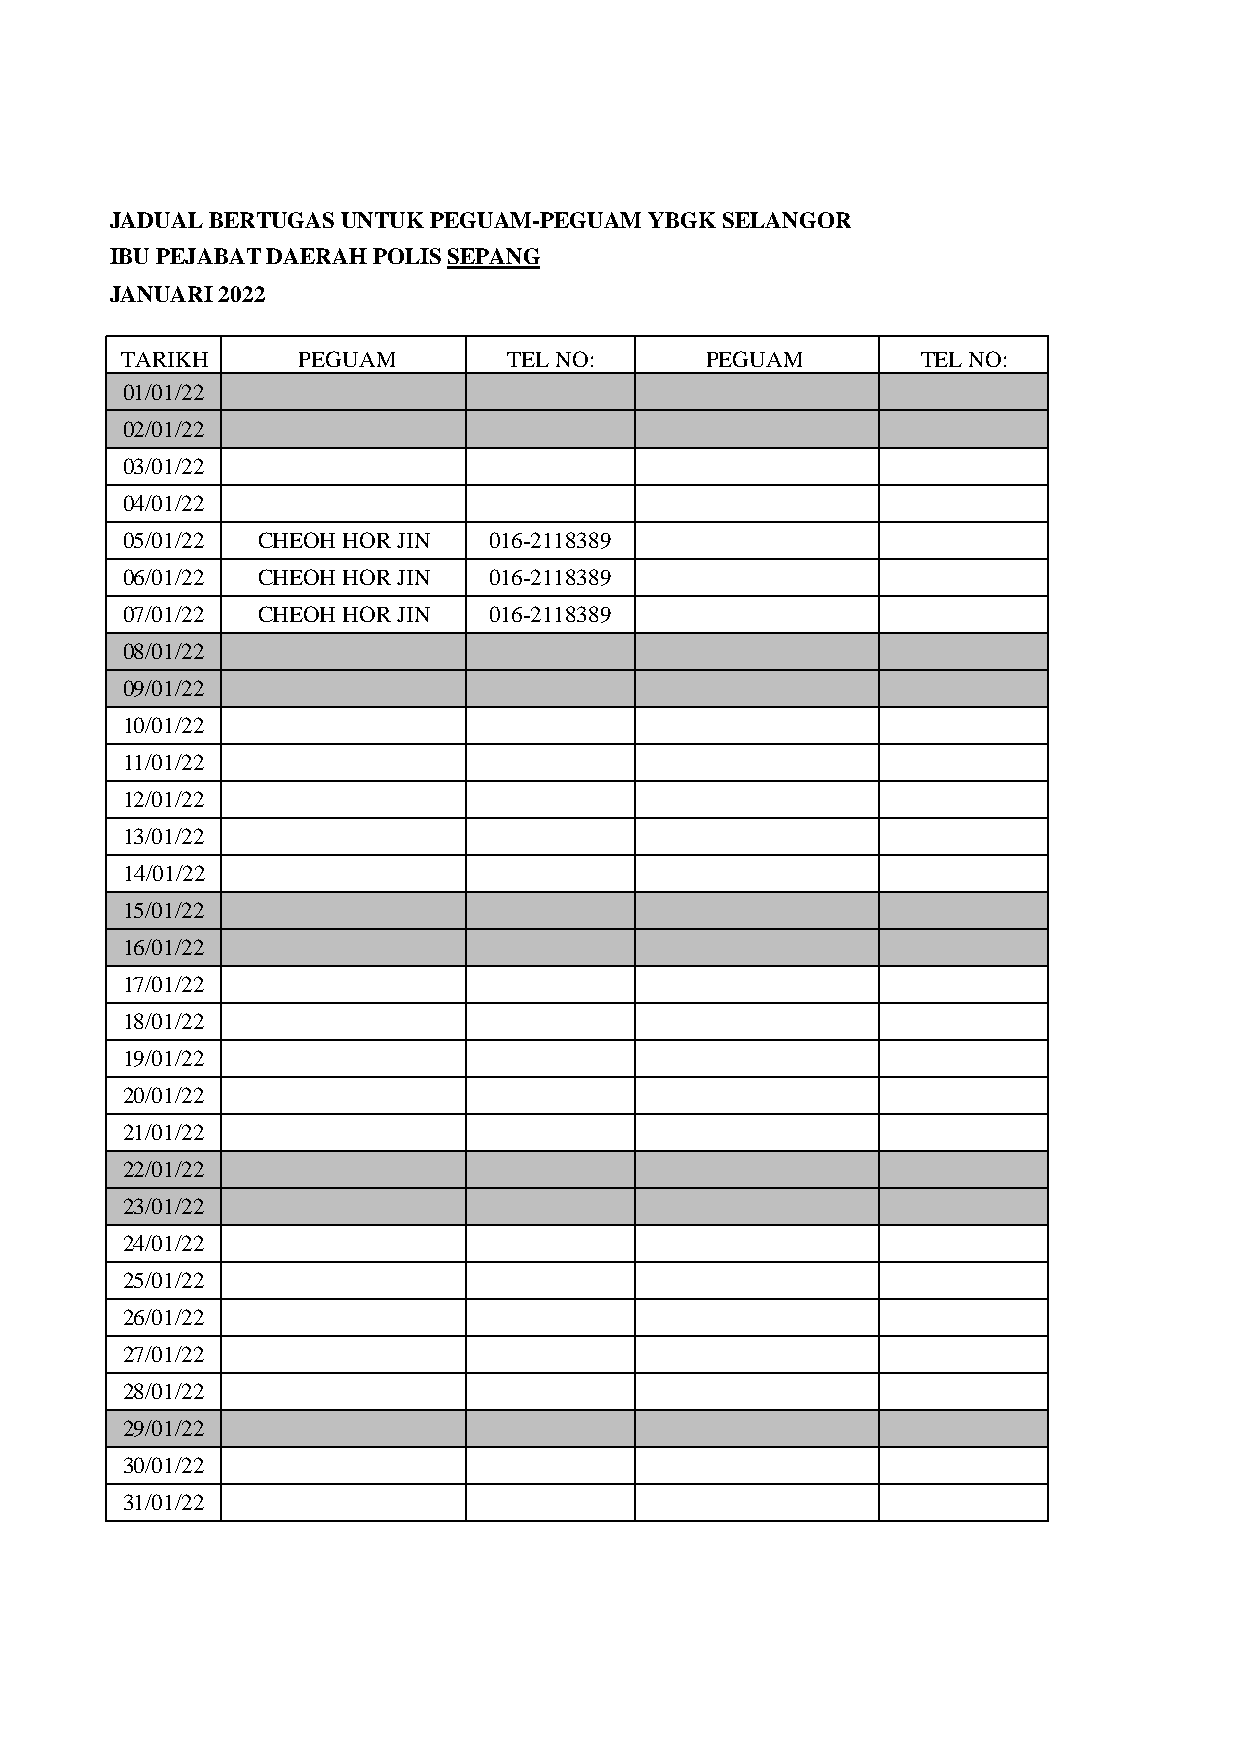
JADUAL BERTUGAS UNTUK PEGUAM-PEGUAM YBGK SELANGOR
 IBU PEJABAT DAERAH POLISSEPANG
 JANUARI 2022
 TARIKH      PEGUAM        TEL NO:      PEGUAM        TEL NO:
 01/01/22
 02/01/22
 03/01/22
 04/01/22
 05/01/22 CHEOH HOR JIN  016-2118389
 06/01/22 CHEOH HOR JIN  016-2118389
 07/01/22 CHEOH HOR JIN  016-2118389
 08/01/22
 09/01/22
 10/01/22
 11/01/22
 1122//0011//2222
 13/01/22
 14/01/22
 15/01/22
 16/01/22
 17/01/22
 18/01/22
 19/01/22
 20/01/22
 21/01/22
 22/01/22
 23/01/22
 24/01/22
 25/01/22
 26/01/22
 27/01/22
 28/01/22
 29/01/22
 30/01/22
 31/01/22